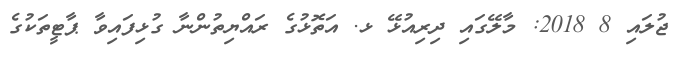
ޖުލައި 8 2018: މާލޭގައި ދިރިއުޅޭ ޅ. އަތޮޅުގެ ރައްޔިތުންނާ ގުޅިފައިވާ ޕާޓީތަކުގެ